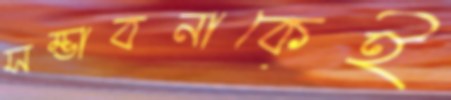
সম্ভাবনাকেই